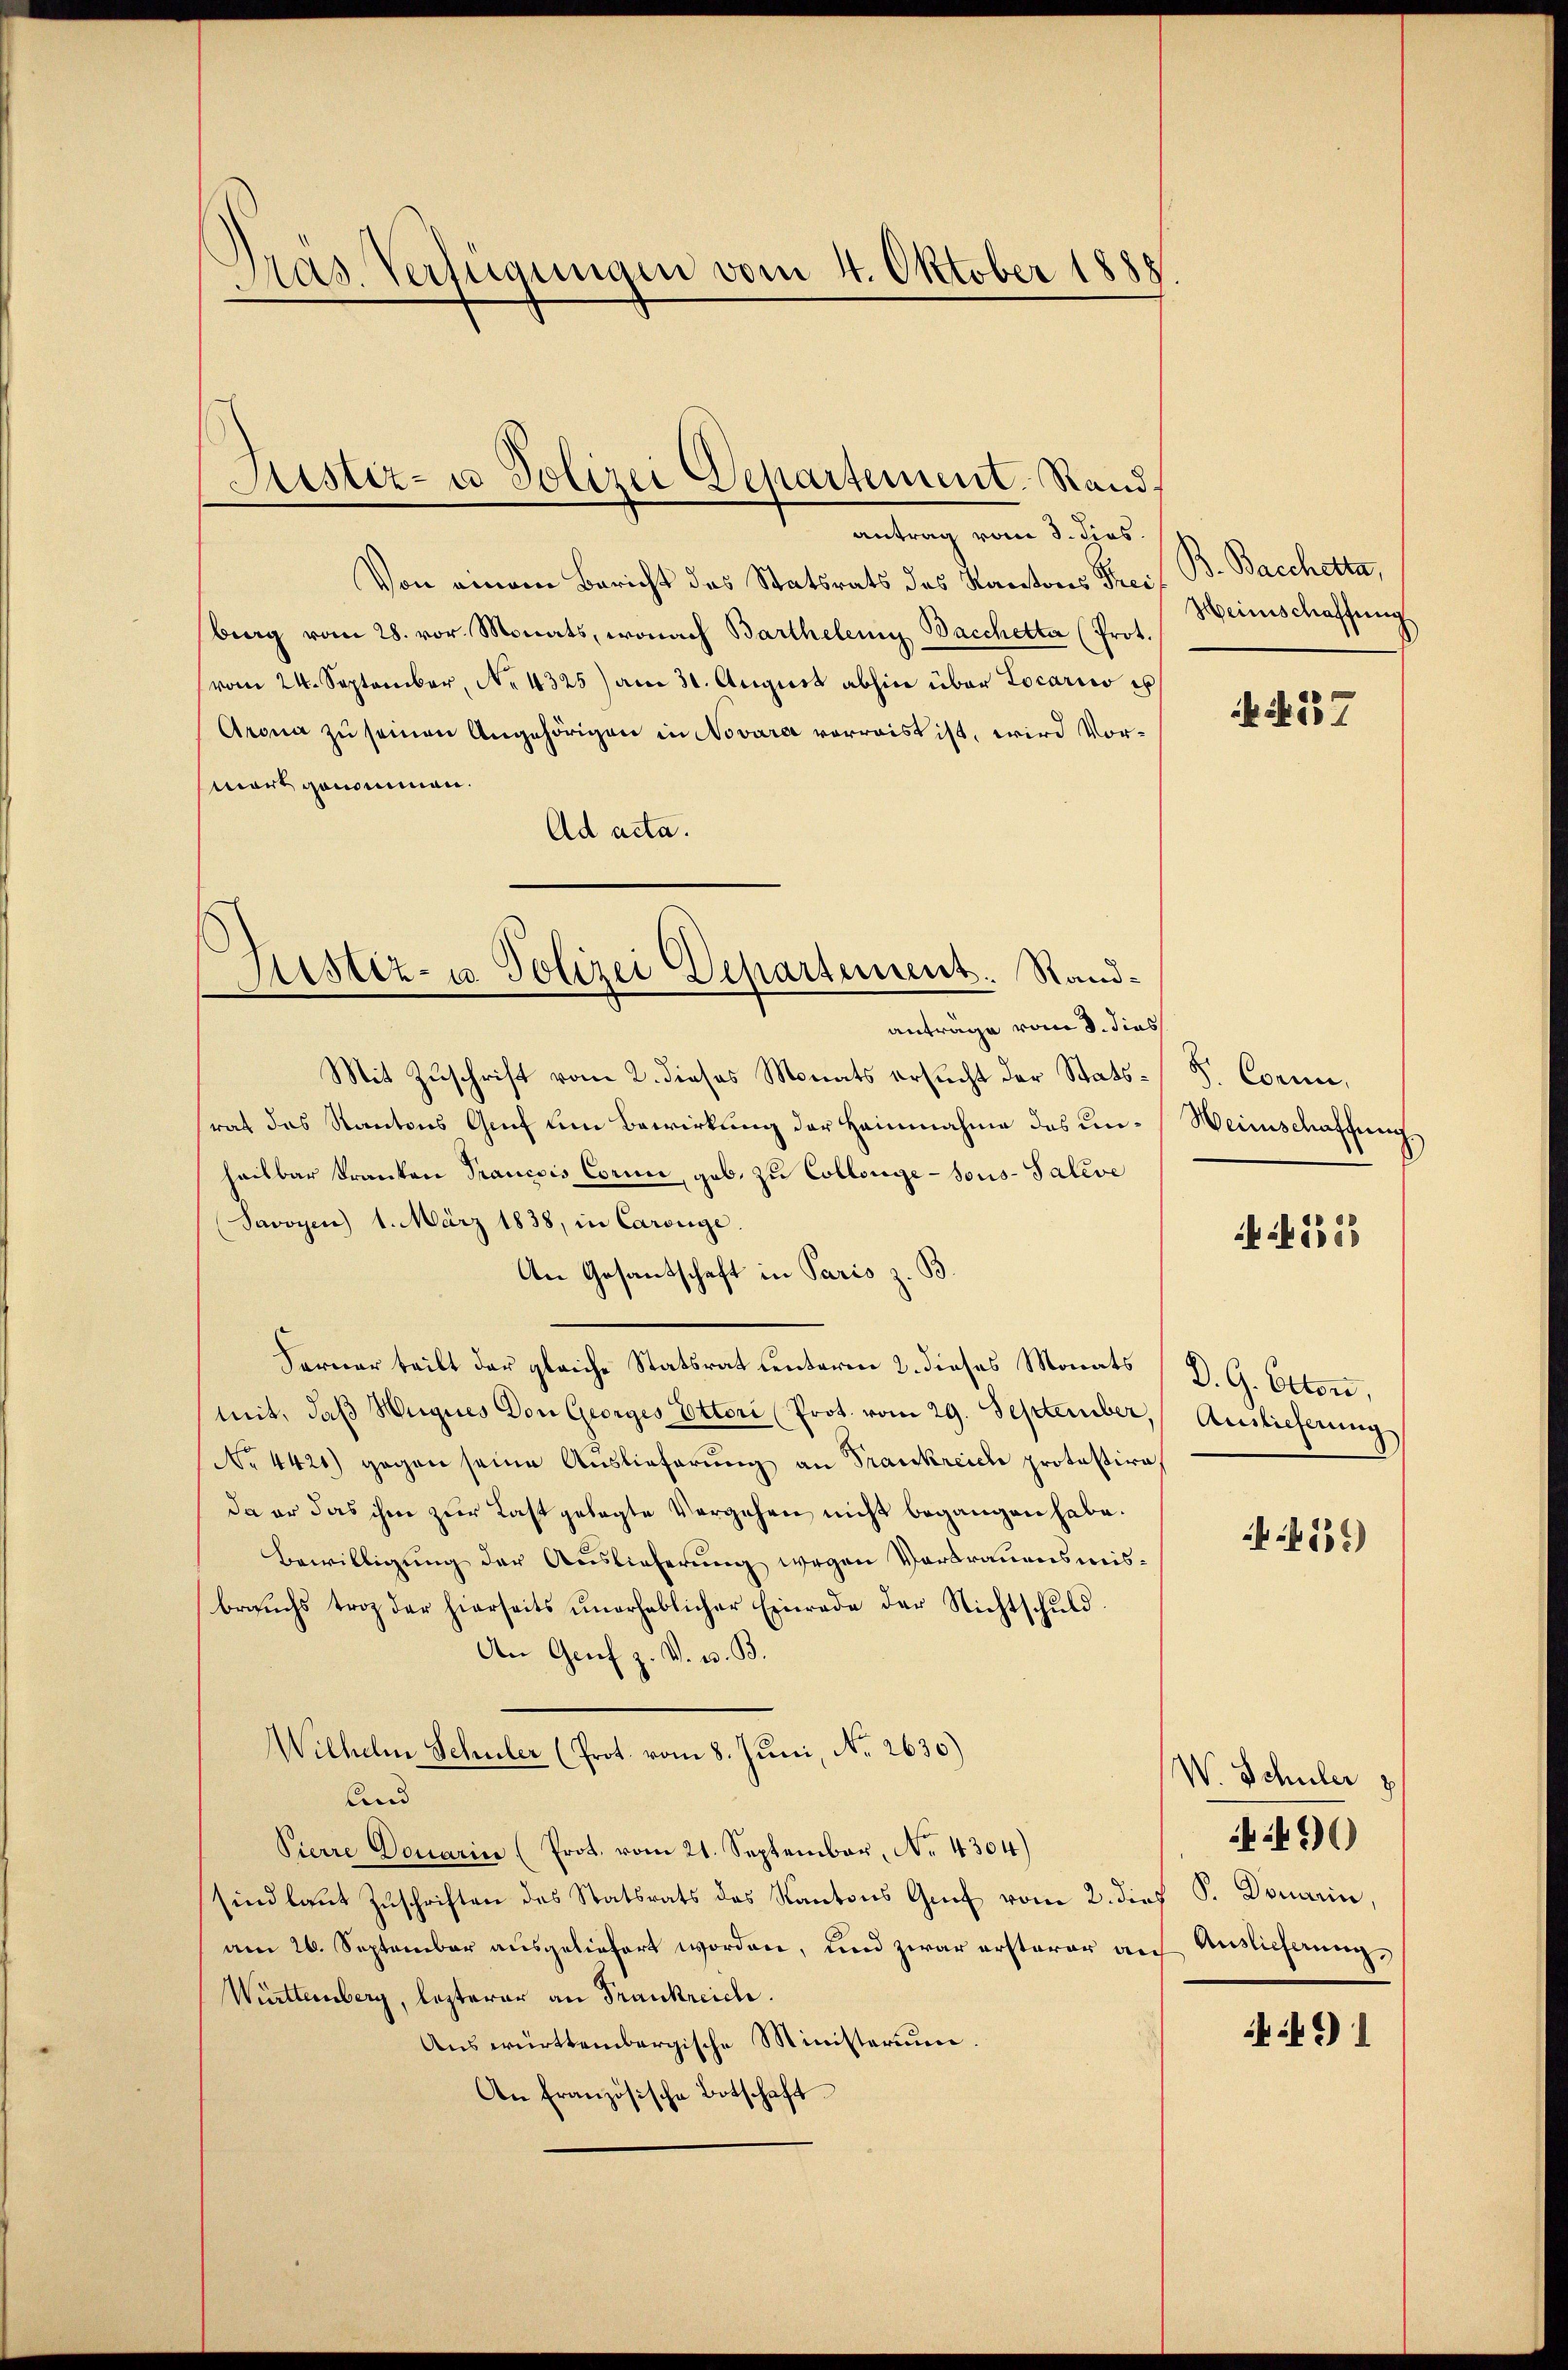
Dräs. Verfügungen vom 4. Oktober 1885

antrag vom 3. dies
Von einem Bericht das Statsrats des Kantons Theiberg vom 28. vor. Monats, wonach Barthelen Bacchetta (Prot.
vom 24. September, No. 4325) am 31. August abhin über Locario e
Arona zu seinen Angehörigen in Novara vorwaist ist, wird Vormort genommen.
Ad acta.
Mit Zuschrift vom 2. dieses Monats ersucht der Stats-S. Corni,
rat das Kantons Graf um Bewirkung der Heinnahme des un-Weinschaffung
heilbar Kranken Trancois Corne, geb. zu Collenge-Sous-Taleve
Savoyen 1. März 1838, in Carouge
An Gesantschaft in Paris z. B.
Ferner teilt der gleiche Statsrat unterne 2. dieses Monats (D. G. Otten,
mit, daß Wigues Don Georges Ottori (Prot. vom 29. September, Auslicherung
No 4421) gegen seine Auslieferung an Frankreiche protestire,
da er das ihm zur Last gelegte Vergehen nicht begangen habe.
Bewilligung der Auslieferung wegen Verbrauensmisbraŭchs troz der hierseits ŭnerheblicher Einrade der Nichtschŭld
An Genf z. V. u. B.
Wilhelm Schuler (Prot. vom 8. Juni, No 2630)
And
Pierre Douarin (Prot. vom 21. September, No. 4304)
sind laut Zuschriften des Statsrats des Kantons Graf vom 2. dies P. Douarin,
am 26. September ausgeliefert worden, und zwar ersterer auf Auslicherung,
Württemberg, lezterer an Frankreich.
Auswürttembergische Ministerium,
An Französische Botschaft.

Justiz- u Polizei Departement. Stand,

Justiz- u. Polizei Departement. Randanträge vom 8. dies

B. Bacchetta,
Heinschaffung

137

i5585

4536)

W. Schüler z

49

)1